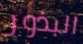
البذور